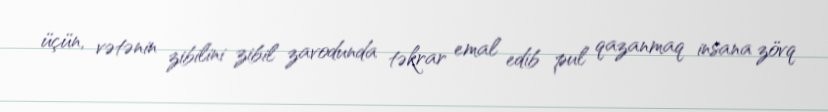
üçün, vətənin zibilini zibil zavodunda təkrar emal edib pul qazanmaq insana zövq